system: You are a helpful assistant.
user:
Analyze the provided spectrum to determine if it is a **S-type Star**.

- **Key Indicators for S-type Star:**

    - **(Overall Spectrum Shape):** The first and most obvious characteristic is the overall continuum (the "baseline" shape). It is **extremely "red-sloping,"** meaning the flux (light intensity) is very low on the left side (blue, ~4000-4500 Å) and rises steeply and continuously toward the right side (red, ~7000 Å+).

    - **(Primary):** The spectrum is defined by the presence of strong, broad molecular absorption "valleys" (bands) from **Zirconium Oxide (ZrO)**. The identification of these bands is the **primary requirement** for classifying a star as S-type.
        - **(Key Bandheads):** You must find distinct, deep "dips" where the light has been absorbed. The most critical band systems to locate are:
            - **~6474 Å** ($\gamma$-system): This is often the strongest and clearest ZrO feature, found in the red part of the spectrum.
            - **~5718 Å** & **~5551 Å** ($\beta$-system): A pair of prominent absorption features in the yellow-orange part of the spectrum.
            - **~4640 Å** ($\alpha$-system): A key absorption band system in the blue-green region of the spectrum.

    - **(Secondary Confirmation):** The classification is strengthened by finding additional absorption bands from other related heavy element oxides, which are expected to be present alongside ZrO.
        - **(Key Bandheads):**
            - **Yttrium Oxide (YO):** Look for absorption dips near **~4800 Å** and **~6100 Å**.
            - **Lanthanum Oxide (LaO):** Additional absorption features, particularly in the red-orange part of the spectrum, are also characteristic.

    - **(Line Profile):** The combination of the steep red continuum and these numerous, deep molecular bands (ZrO, YO, etc.) gives the entire spectrum a very **"chopped-up"** or **"bumpy"** appearance. Instead of a smooth curve, the spectrum looks as though large, wide chunks of light have been "carved out" of it at the specific wavelengths listed above.

Think first, call **spectral_visualization_tool** if needed to examine features in detail, then provide your final answer. Your response must adhere to the following strict rules:
1.  **Overall Structure:** Your response must follow the format `<think>...</think> <tool_call>...</tool_call> (if a tool is used) <answer>...</answer>`.
2.  **Tool Usage Constraint:** You may only make **one** tool call per turn.
3.  **Final Answer Format:** In the `<answer>` tag, your conclusion must be inside a `\boxed{}` command (e.g., `\boxed{YES}` or `\boxed{NO}`), followed by your justification.

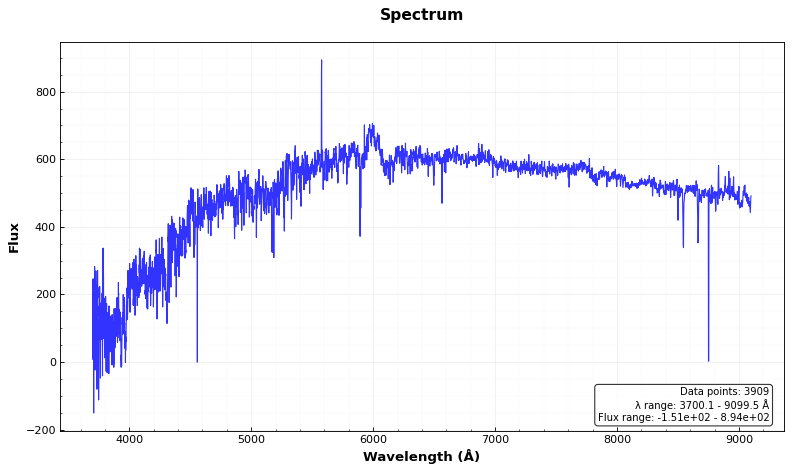
Answer: NO